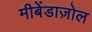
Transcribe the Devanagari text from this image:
मीबेंडाज़ोल